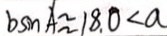
b \sin A \approx 1 8 . 0 < a